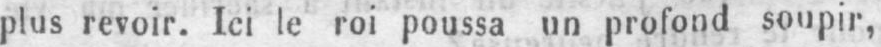
plus revoir. Ici le roi poussa un profond soupir,